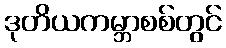
ဒုတိယကမ္ဘာစစ်တွင်